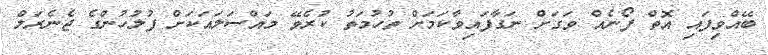
ބޭއްވިފައި އޮތް ފޯނެއް ވަގަށް ނަގާފައިވާކަމަށް ތުހުމަތު ކުރެވޭ މައްސަލައަކަށް ފުލުހުންގެ ޖެނެރަލް